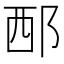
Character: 𨚹